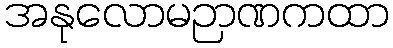
အနုလောမဉာဏကထာ